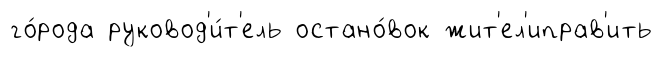
го́рода руковод'и́т'ель остано́вок жит'ел'иправ'ить